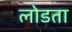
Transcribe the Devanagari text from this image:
लोडता